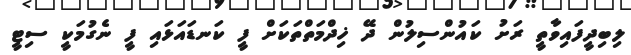
ލިބިދީފައިވާތީ ރަށު ކައުންސިލުން ދޭ ޚިދްމަތްތަކަށް ފީ ކަނޑައަޅައި ފީ ނެގުމަކީ ސިޓީ